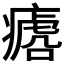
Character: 𱱡